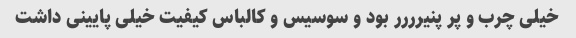
خیلی چرب و پر پنیرررر بود و سوسیس و کالباس کیفیت خیلی پایینی داشت